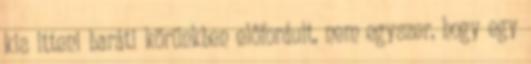
kis itteni baráti körünkben előfordult, nem egyszer, hogy egy